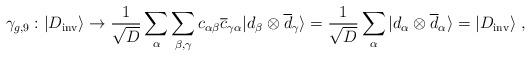
LaTeX: \begin{align*}\gamma_{g,9}:|D_{\rm inv}\rangle \rightarrow {1\over\sqrt{D}} \sum_\alpha \sum_{\beta,\gamma} c_{\alpha\beta} {\overline c}_{\gamma\alpha} |d_\beta\otimes{\overline d}_\gamma \rangle={1\over \sqrt{D}} \sum_\alpha |d_\alpha\otimes{\overline d}_\alpha\rangle=|D_{\rm inv}\rangle~,\end{align*}